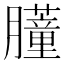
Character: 𬛞